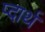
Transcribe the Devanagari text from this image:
प्दार्थ